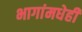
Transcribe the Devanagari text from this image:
भागांमधेही